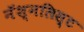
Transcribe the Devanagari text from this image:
नॅश्नलिस्ट